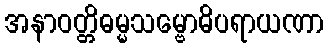
အနာဝတ္တိဓမ္မသမ္ဗောဓိပရာယဏာ